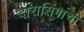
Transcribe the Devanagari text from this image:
दारासिंगांची